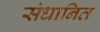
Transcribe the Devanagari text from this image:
संधानित